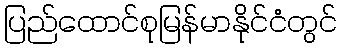
ပြည်ထောင်စုမြန်မာနိုင်ငံတွင်